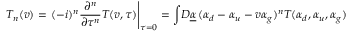
{ \cal T } _ { n } ( v ) = \left. ( - i ) ^ { n } \frac { \partial ^ { n } } { \partial \tau ^ { n } } { \cal T } ( v , \tau ) \right| _ { \tau = 0 } = \int \! { \cal D } \underline { { { \alpha } } } \, ( \alpha _ { d } - \alpha _ { u } - v \alpha _ { g } ) ^ { n } { \cal T } ( \alpha _ { d } , \alpha _ { u } , \alpha _ { g } )